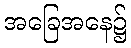
အခြေအနေ၌